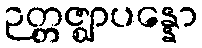
ဉတ္တဇ္ဈာပန္နော